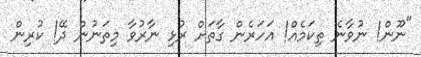
"ނޫން! ނުވާނެ ތިކަމެއް! އަހަރެން ގާތަށް ރުޅި ނާރުވާ މިތަނުން ދޭ! ކުރިން